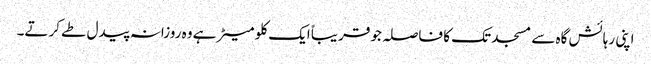
اپنی رہائش گاہ سے مسجد تک کا فاصلہ جو قریباً ایک کلو میٹر ہے وہ روزانہ پیدل طے کرتے۔